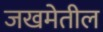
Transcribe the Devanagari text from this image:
जखमेतील